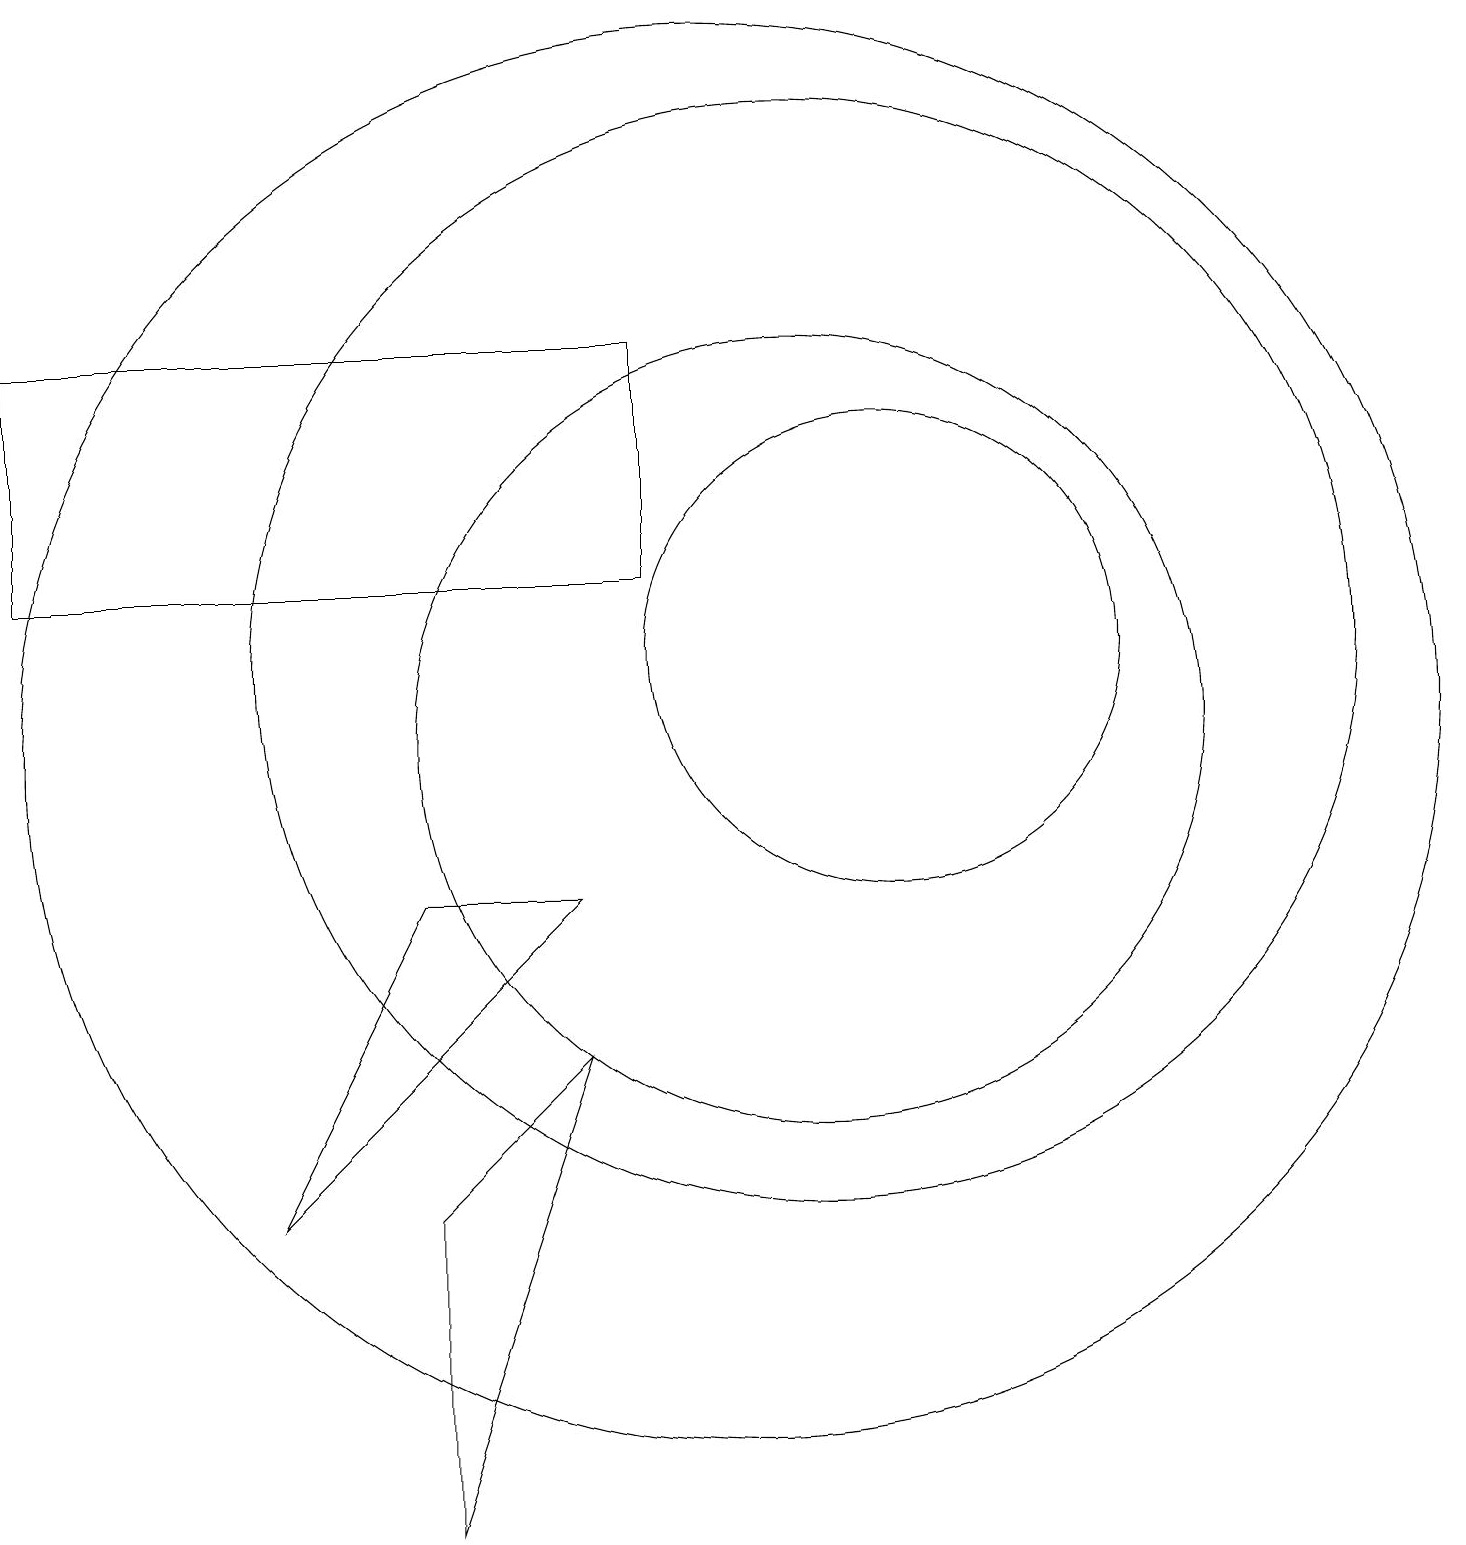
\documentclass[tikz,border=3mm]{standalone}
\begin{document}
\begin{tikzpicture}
\draw (11,11) circle (5);
\draw (10,11) circle (9);
\draw (4,5) -- (6,9) -- (8,9) -- cycle;
\draw (1,16) rectangle (9,13);
\draw (11,12) circle (7);
\draw (6,5) -- (8,7) -- (6,1) -- cycle;
\draw (12,12) circle (3);
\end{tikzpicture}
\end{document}